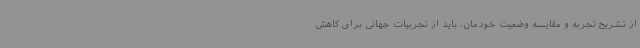
از تشریح تجربه و مقایسه وضعیت خودمان، باید از تجربیات جهانی برای کاهش